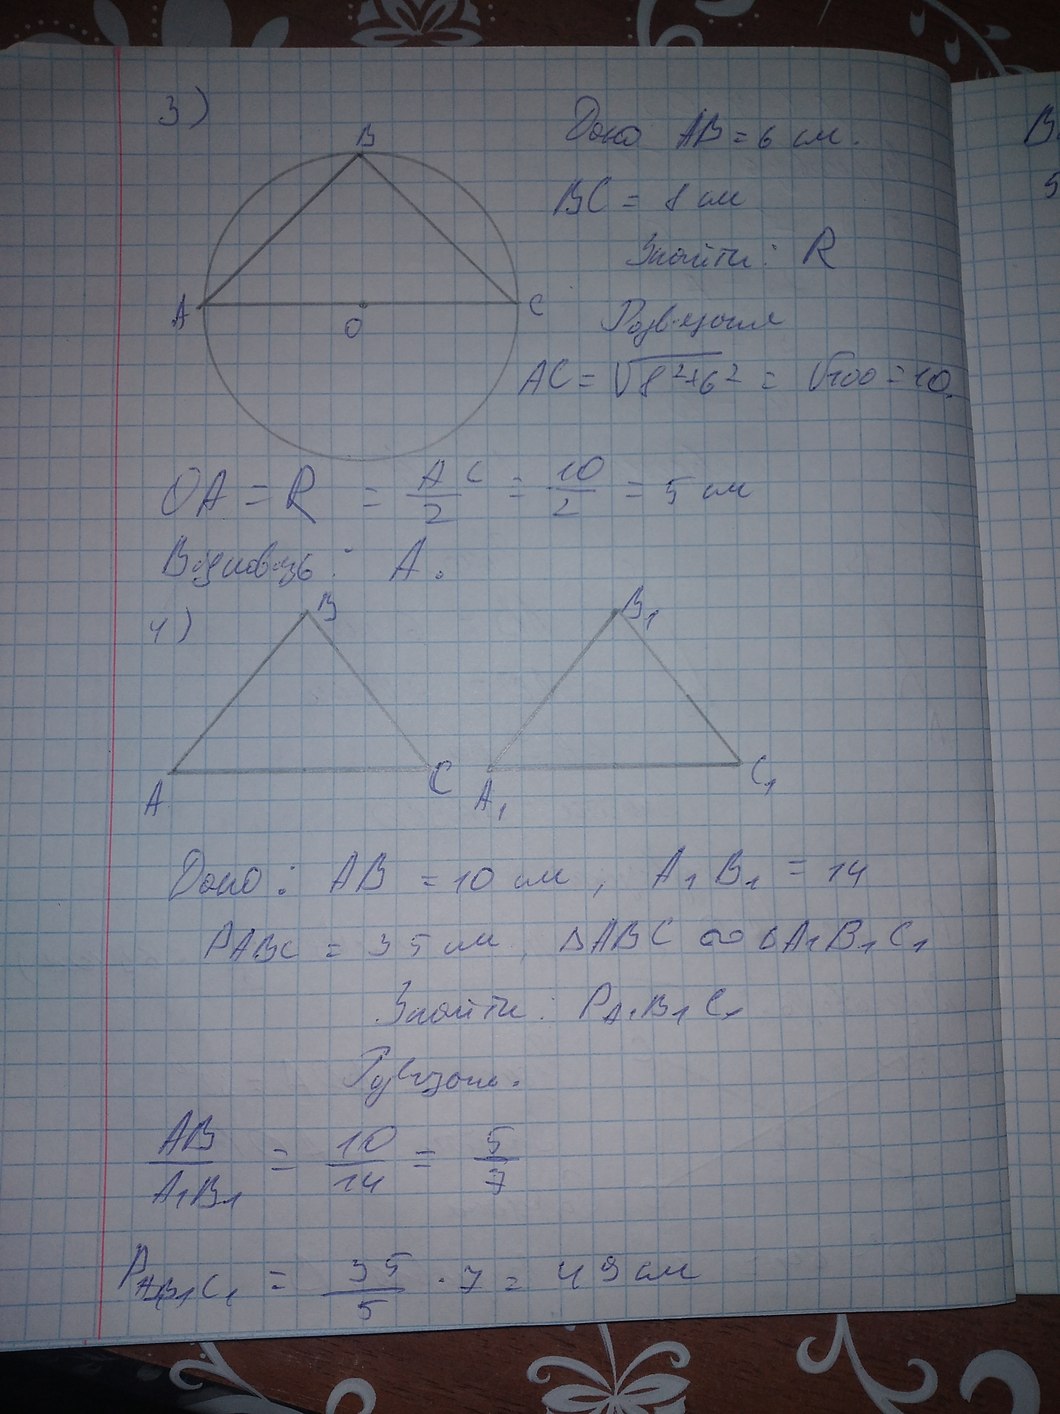
3)
Дано AB = 6 см.
BC = 8 см
Знайти: R
Розвязання
AC = \sqrt{8^2 + 6^2} = \sqrt{100} = 10.
OA = R = AC/2 = 10/2 = 5 см
Відповідь:  А.
4)
Дано: AB = 10 см, A₁B₁ = 14
P_{ABC} = 35 см, \Delta ABC \sim \Delta A_1B_1C_1
Зайти: PА₁, B₁, C₁
Розвязань.
AB / A₁B₁ = 10 / 14 = 5 / 7
P_{A_1B_1C_1} = \frac{35}{5} \cdot 7 = 49 см